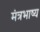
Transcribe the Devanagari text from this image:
मंत्रभाष्य